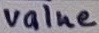
Text: value